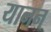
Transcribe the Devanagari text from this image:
यानन